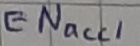
Text: ENacc1